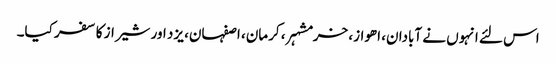
اس لئے انہوں نے آبادان، اھواز، خرمشہر، کرمان، اصفہان، یزد اور شیراز کا سفر کیا۔